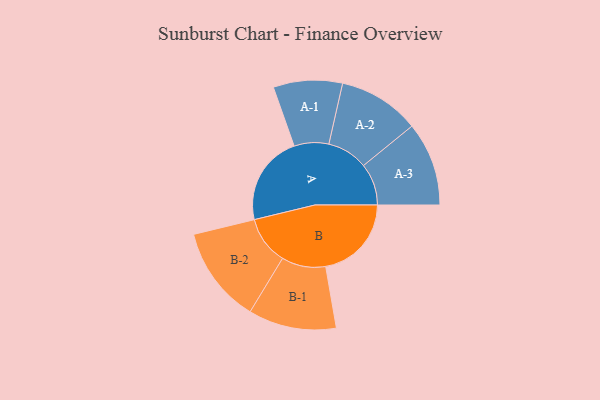
{"axis": {"x": "Segment", "y": "Value"}, "legend": ["", "A", "B"], "data": [{"x": "A", "y": 464, "type": ""}, {"x": "B", "y": 442, "type": ""}, {"x": "A-1", "y": 178, "type": "A"}, {"x": "A-2", "y": 210, "type": "A"}, {"x": "A-3", "y": 216, "type": "A"}, {"x": "B-1", "y": 227, "type": "B"}, {"x": "B-2", "y": 249, "type": "B"}]}